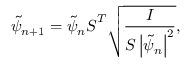
\tilde { \psi } _ { n + 1 } = \tilde { \psi } _ { n } \boldsymbol { S } ^ { T } \sqrt { \frac { I } { \boldsymbol { S } \left| \tilde { \psi } _ { n } \right| ^ { 2 } } } ,